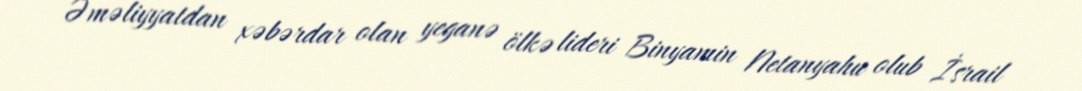
Əməliyyatdan xəbərdar olan yeganə ölkə lideri Binyamin Netanyahu olub İsrail